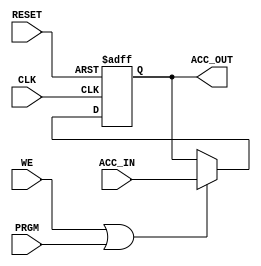
module Accumulator	(
	output	[7:0] ACC_OUT,
	input		[7:0]	ACC_IN,
	input				WE,PRGM,RESET,
	input 			CLK
);
		
reg [7:0] ACC_DATA;

assign ACC_OUT = ACC_DATA;

always @(posedge CLK or posedge RESET) begin
		if (RESET) begin
			ACC_DATA = 8'b00000000;
		end					
		else if (WE || PRGM) begin
			ACC_DATA = ACC_IN;					// read from bus, or programmer
		end
end

endmodule